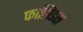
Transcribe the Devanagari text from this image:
फालिडस